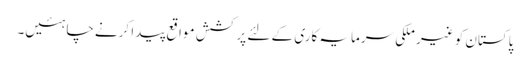
پاکستان کو غیر ملکی سرمایہ کاری کے لئے پرکشش مواقع پیدا کرنے چاہئیں۔